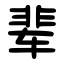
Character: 辈